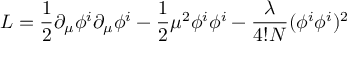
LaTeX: { \cal L } = \frac { 1 } { 2 } \partial _ { \mu } \phi ^ { i } \partial _ { \mu } \phi ^ { i } - \frac { 1 } { 2 } \mu ^ { 2 } \phi ^ { i } \phi ^ { i } - \frac { \lambda } { 4 ! N } ( \phi ^ { i } \phi ^ { i } ) ^ { 2 }